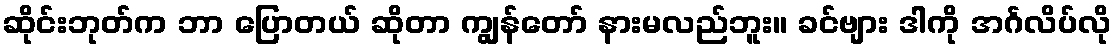
ဆိုင်းဘုတ်က ဘာ ပြောတယ် ဆိုတာ ကျွန်တော် နားမလည်ဘူး။ ခင်ဗျား ဒါကို အင်္ဂလိပ်လို